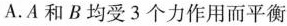
A.A和B均受3个力作用而平衡